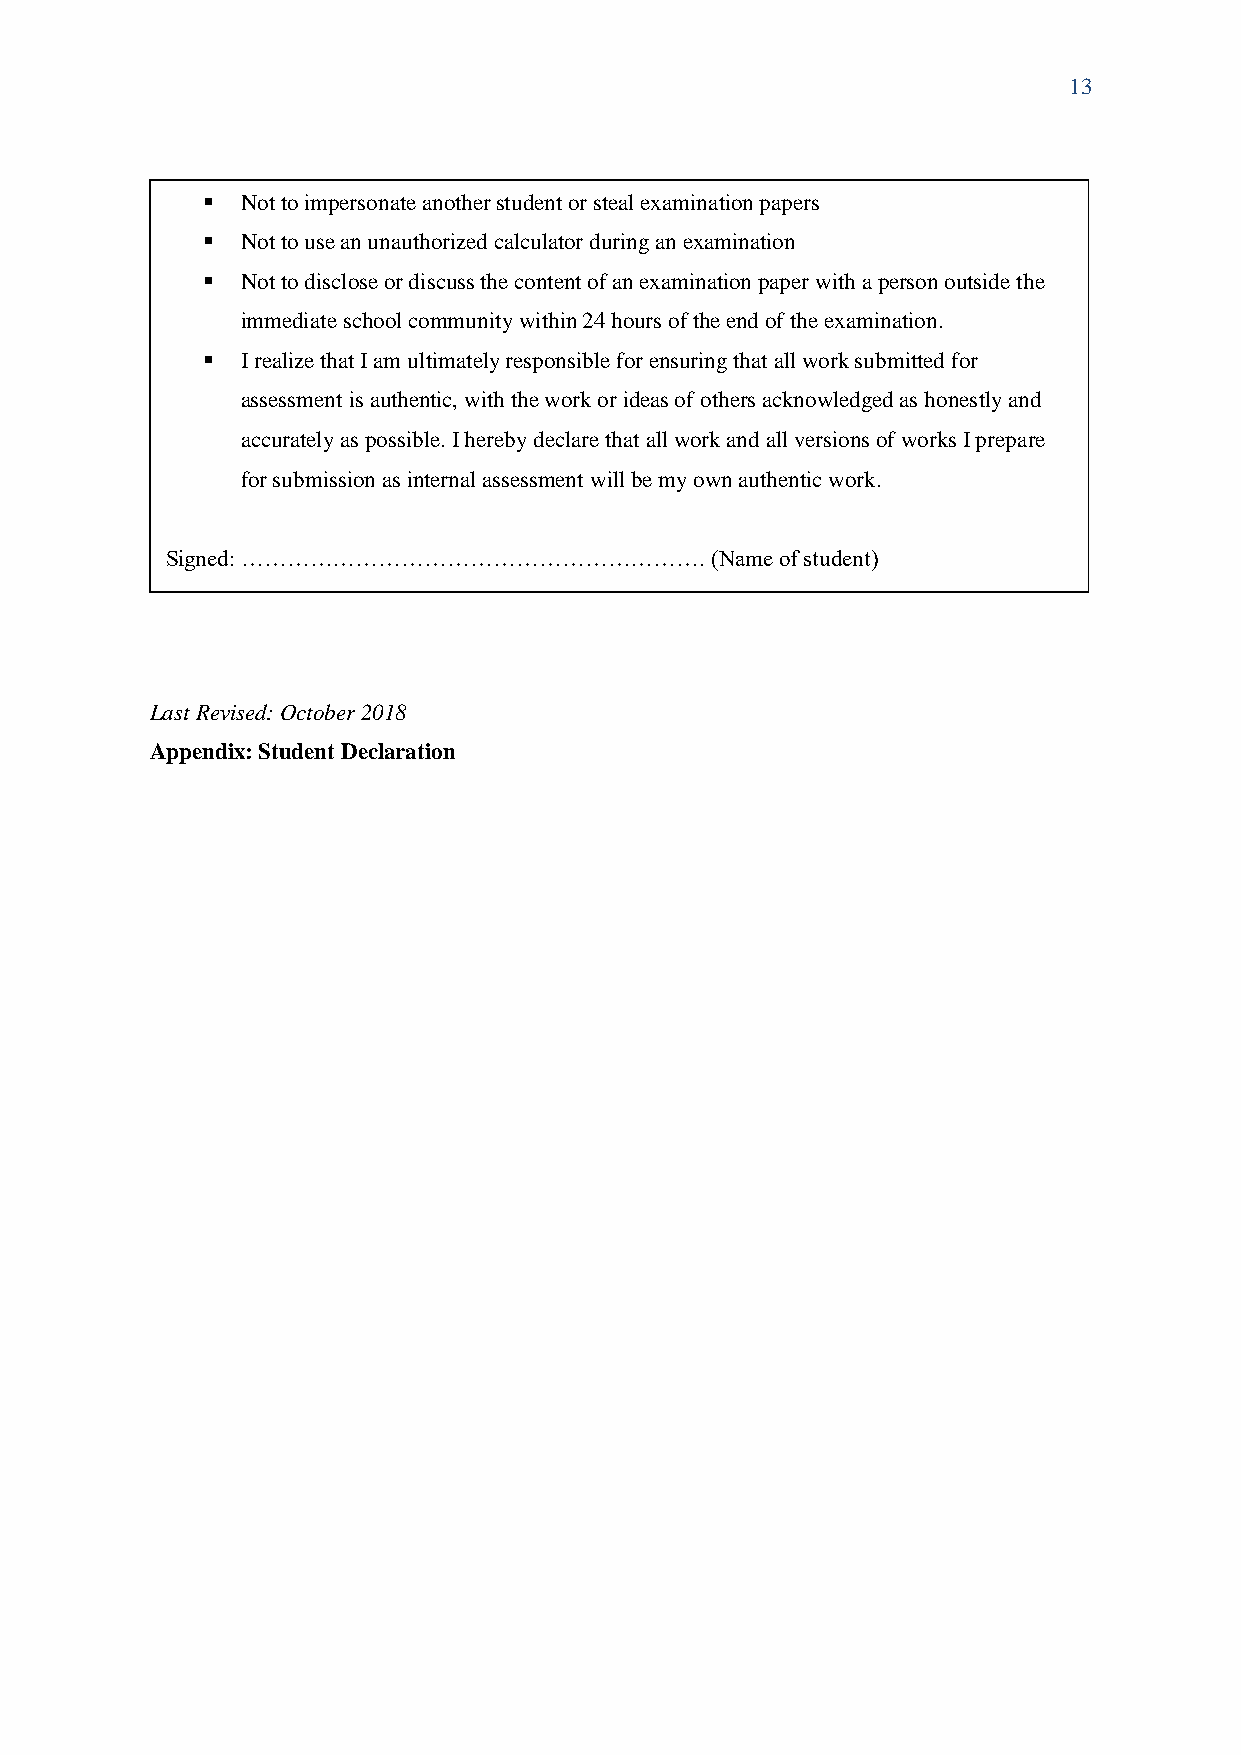
13
 ▪  Not to impersonate another student or steal examination papers
 ▪  Not to use an unauthorized calculator during an examination
 ▪  Not to disclose or discuss the content of an examination paper with a person outside the
 immediate school community within 24 hours of the end of the examination.
 ▪  I realize that I am ultimately responsible for ensuring that all work submitted for
 assessment is authentic, with the work or ideas of others acknowledged as honestly and
 accurately as possible. I hereby declare that all work and all versions of works I prepare
 for submission as internal assessment will be my own authentic work.
 Signed: …………………………………………………….       (Name of student)
 Last Revised: October 2018
 Appendix: Student Declaration